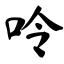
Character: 呤